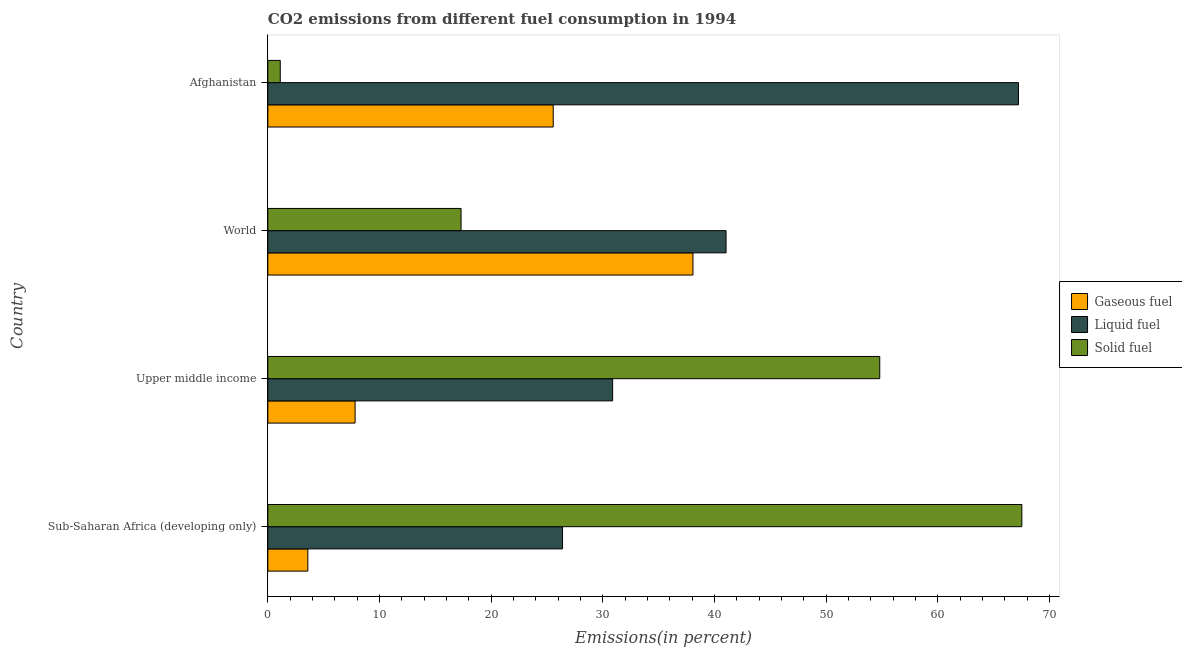
| Country | Gaseous fuel | Liquid fuel | Solid fuel |
 | --- | --- | --- | --- |
 | Sub-Saharan Africa (developing only) | 3.58 | 26.4 | 67.5 |
 | Upper middle income | 7.81 | 30.9 | 54.8 |
 | World | 38.1 | 41 | 17.3 |
 | Afghanistan | 25.6 | 67.2 | 1.11 |